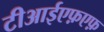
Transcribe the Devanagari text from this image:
टीआईएफ़एफ़